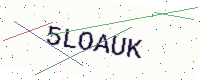
Text: 5LOAUK